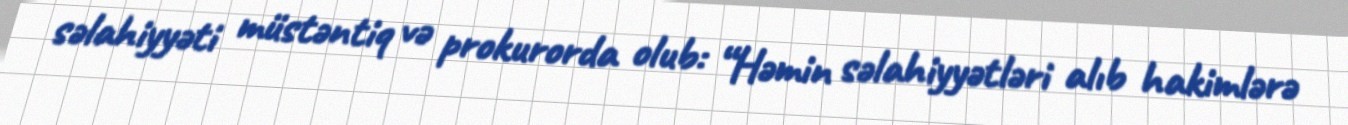
səlahiyyəti müstəntiq və prokurorda olub: “Həmin səlahiyyətləri alıb hakimlərə